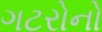
ગટરોનો